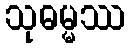
သုဓမ္မဿ